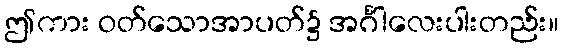
ဤကား ဝတ်သောအာပတ်၌ အင်္ဂါလေးပါးတည်း။